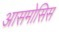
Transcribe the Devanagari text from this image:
आसमोसिस